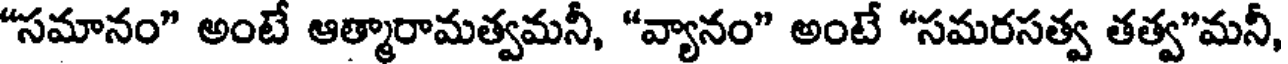
"సమానం" అంటే ఆత్మారామత్వమనీ, "వ్యానం" అంటే "సమరసత్వ తత్వ"మనీ,